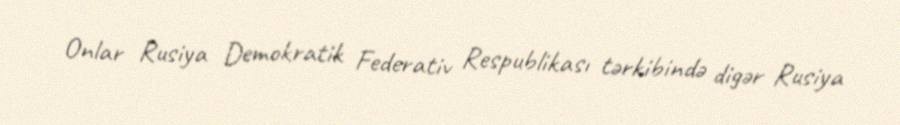
Onlar Rusiya Demokratik Federativ Respublikası tərkibində digər Rusiya